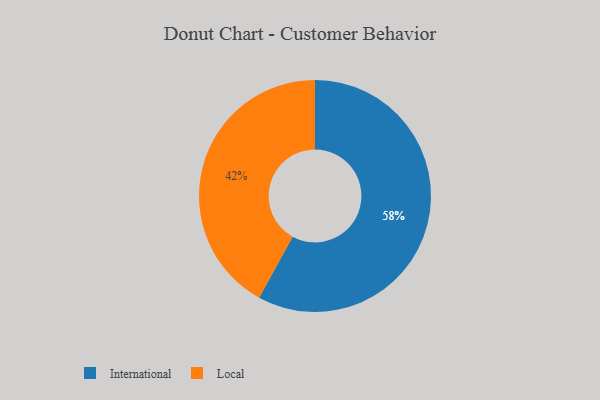
{"axis": {"x": "Category", "y": "Percentage"}, "legend": ["International", "Local"], "data": [{"x": "Local", "y": 42, "type": "Local"}, {"x": "International", "y": 58, "type": "International"}]}